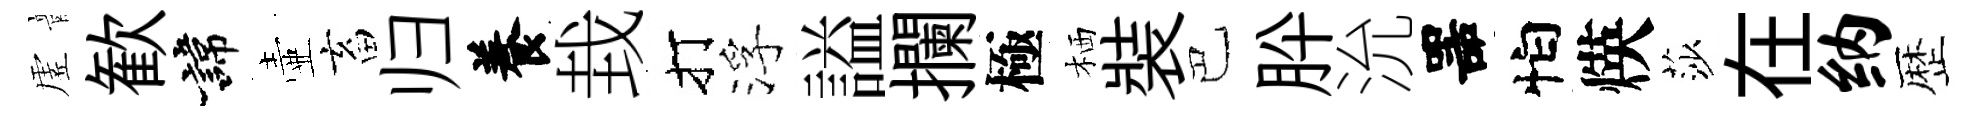
虗歓諱壷畜归養㘽打浮謚攔極栖裝巴肸沇噐怕煐莎在纳歴